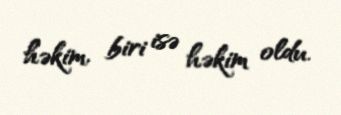
həkim, biri isə həkim oldu.